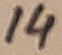
Text: 14